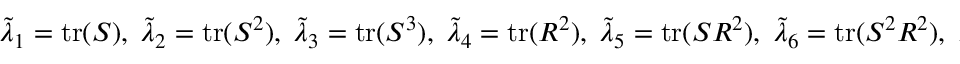
\tilde { \lambda } _ { 1 } = \operatorname { t r } ( \boldsymbol { S } ) , \; \tilde { \lambda } _ { 2 } = \operatorname { t r } ( \boldsymbol { S } ^ { 2 } ) , \; \tilde { \lambda } _ { 3 } = \operatorname { t r } ( \boldsymbol { S } ^ { 3 } ) , \; \tilde { \lambda } _ { 4 } = \operatorname { t r } ( \boldsymbol { R } ^ { 2 } ) , \; \tilde { \lambda } _ { 5 } = \operatorname { t r } ( \boldsymbol { S } \boldsymbol { R } ^ { 2 } ) , \; \tilde { \lambda } _ { 6 } = \operatorname { t r } ( \boldsymbol { S } ^ { 2 } \boldsymbol { R } ^ { 2 } ) , \; \tilde { \lambda } _ { 7 } = \operatorname { t r } ( \boldsymbol { S } ^ { 2 } \boldsymbol { R } ^ { 2 } \boldsymbol { S } \boldsymbol { R } )